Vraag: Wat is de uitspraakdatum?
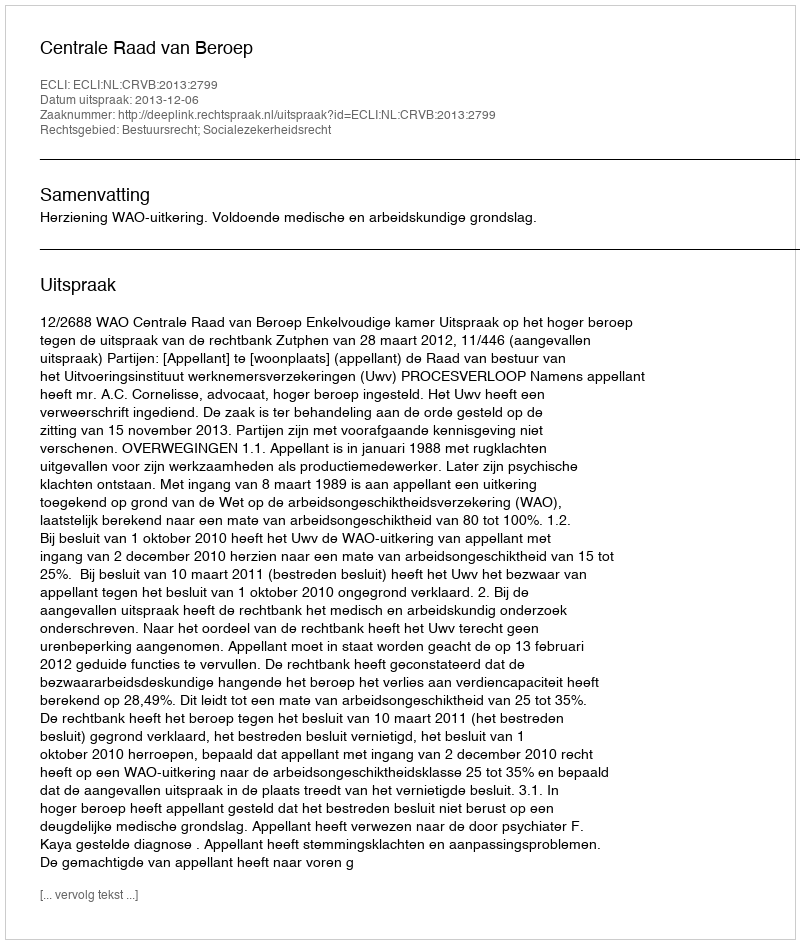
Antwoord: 2013-12-06